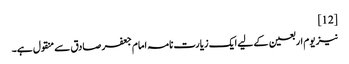
[12]
نیز یوم اربعین کے لیے ایک زیارت نامہ امام جعفر صادق سے منقول ہے۔